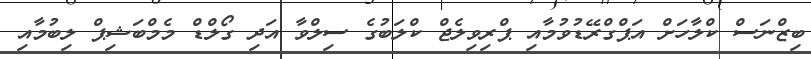
ބިޒްނަސް ކްލާހަށް އަޕްގްރޭޑުވުމާއި ޕްރިވިލެޖް ކްލަބުގެ ސިލްވާ އަދި ގޯލްޑް މެމްބަޝިޕް ލިބުމާއި